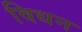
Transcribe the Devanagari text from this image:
विधन